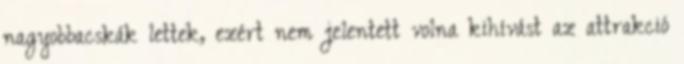
nagyobbacskák lettek, ezért nem jelentett volna kihívást az attrakció